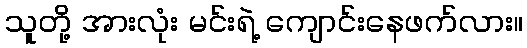
သူတို့ အားလုံး မင်းရဲ့ ကျောင်းနေဖက်လား။